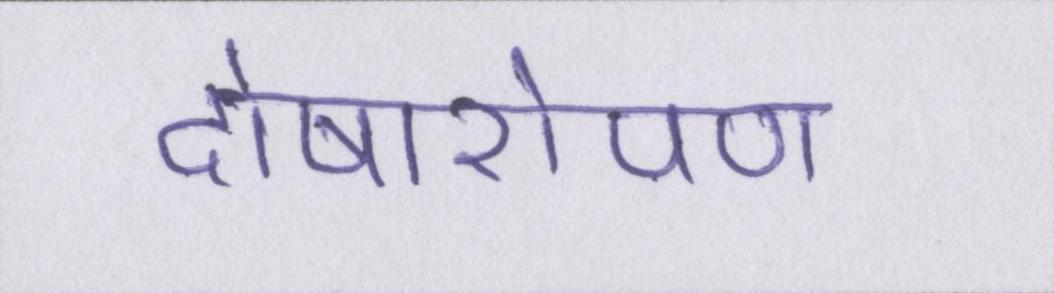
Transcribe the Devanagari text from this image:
दोषारोपण